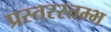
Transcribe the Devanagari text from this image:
प्रस्तरस्तम्भ